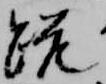
跪